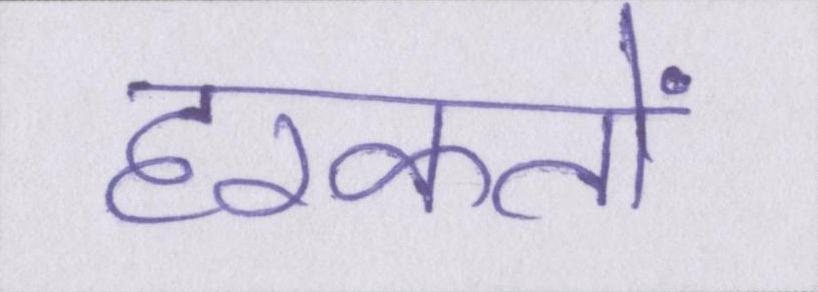
हरकतों